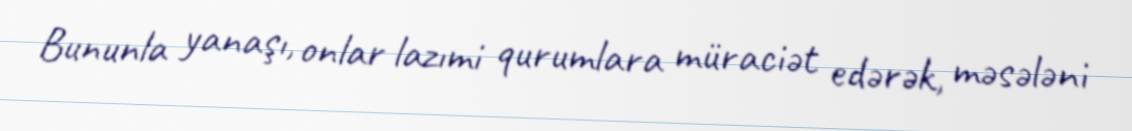
Bununla yanaşı, onlar lazımi qurumlara müraciət edərək, məsələni